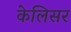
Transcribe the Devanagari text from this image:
केलिसर